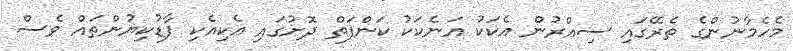
މެހެމާނުންގެ ތެރޭގައި ސިއްރުން އެކަކު އަނެކަކު ކަންފަތް ދޮށުގައި އެކިއެކި ފާޑުކިޔުންތައް ވެސް